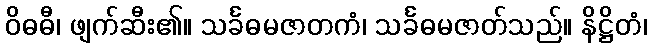
ဝိဓဓီ၊ ဖျက်ဆီး၏။ သင်္ခဓမဇာတကံ၊ သင်္ခဓမဇာတ်သည်။ နိဋ္ဌိတံ၊